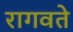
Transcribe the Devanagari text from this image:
रागवते